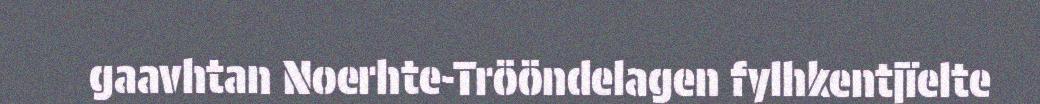
gaavhtan Noerhte-Trööndelagen fylhkentjïelte